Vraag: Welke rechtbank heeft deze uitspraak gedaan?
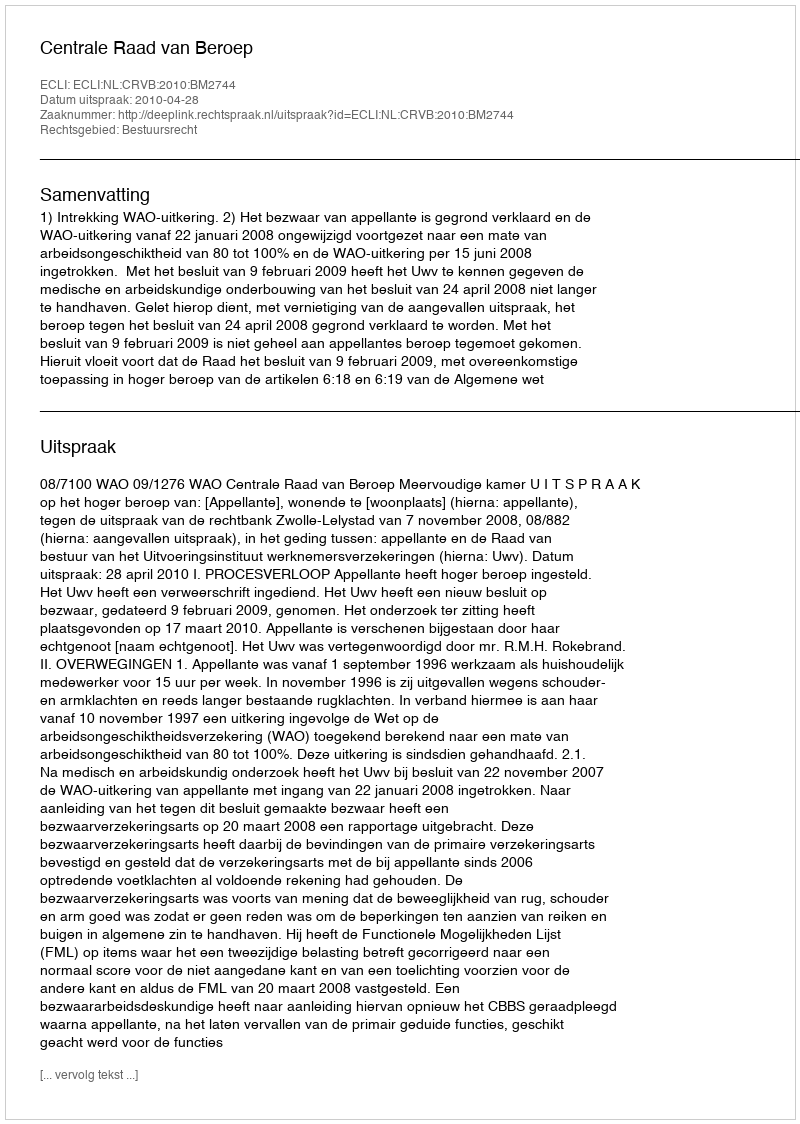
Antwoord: Centrale Raad van Beroep